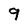
Character: 9